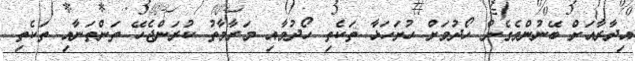
އިދާރާއަށް ބޭނުންވެގެން ހޯދުމަށް ހުށަހަޅާ ތަކެތި ހޯދުމާއި މަރާމާތު ކުރަންޖެހޭ ތަންތަނާއި ތަކެތި